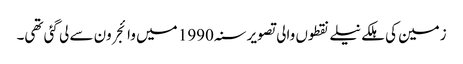
زمین کی ہلکے نیلے نقطوں والی تصویر سنہ 1990 میں وائجر ون سے لی گئی تھی۔